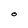
Character: 0